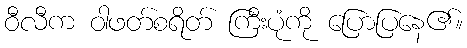
ဝီလီက ဝါဖတ်စရိတ် ကြီးပုံကို ပြောပြနေ၏။